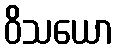
ဝိသယော